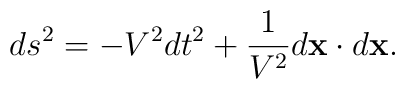
ds\sp2 = -V\sp2 dt\sp2 +\frac{1}{V\sp2} d{\bf x}\cdot d{\bf x}.